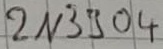
Text: 2N3904